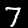
Label: 7